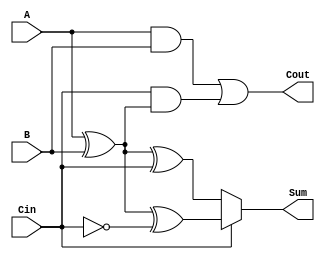
module ConditionalSumFullAdder (
    input  wire A,      // First binary input
    input  wire B,      // Second binary input
    input  wire Cin,    // Carry-in input
    output wire Sum,    // Sum output
    output wire Cout    // Carry-out output
);

// Intermediate signals for potential sums
wire S0;            // Sum when there is no carry
wire S1;            // Sum when there is a carry

// Calculate potential sums
assign S0 = A ^ B ^ Cin;                 // S0 = A  B  Cin
assign S1 = A ^ B ^ ~Cin;                // S1 = A  B  Cin

// Calculate carry-out
assign Cout = (A & B) | (Cin & (A ^ B)); // Cout = (A  B) + (Cin  (A  B))

// Select final sum based on Cin
assign Sum = Cin ? S1 : S0;              // Sum = S1 if Cin = 1, else S0

endmodule